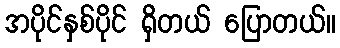
အပိုင်နှစ်ပိုင် ရှိတယ် ပြောတယ်။